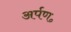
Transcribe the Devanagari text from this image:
अर्पण॰